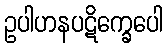
ဥပါဟနပဋိက္ခေပေါ